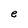
Character: e